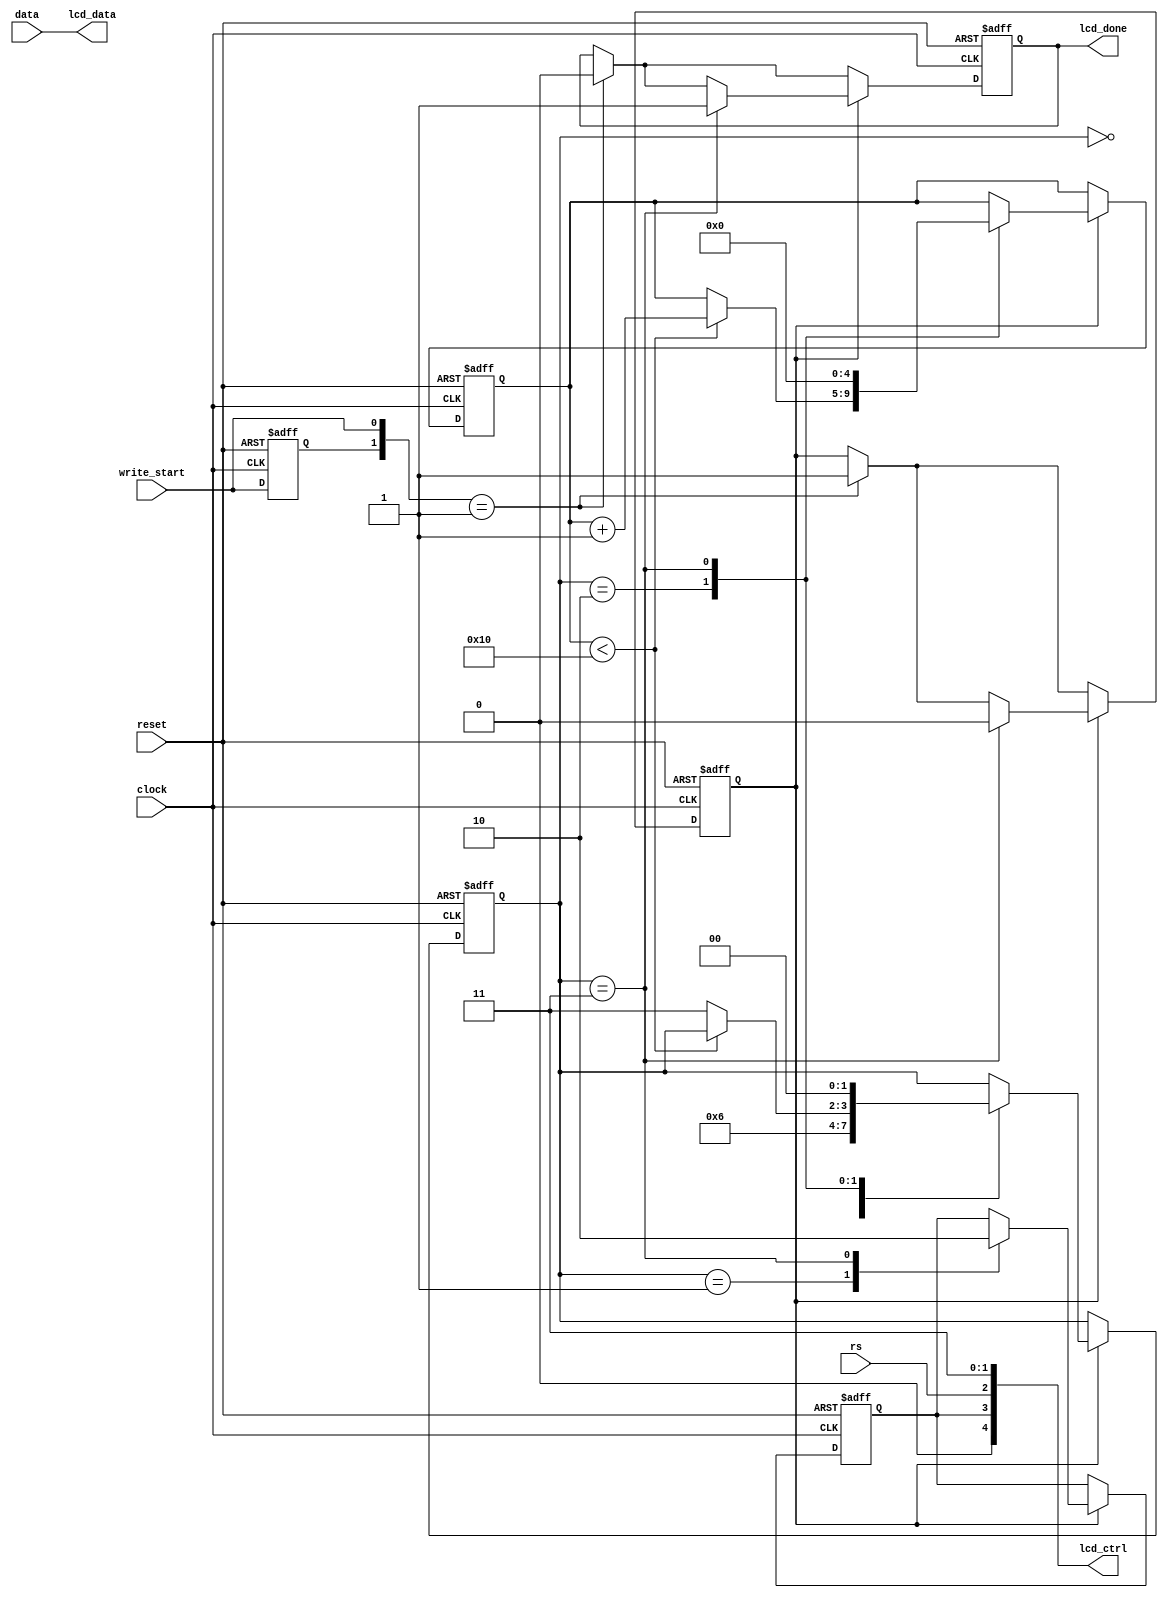
module lcd_controller (
	input					clock,
	input					reset,
	input			[7:0]	data,
	input					rs,
	input					write_start,
	output reg			lcd_done,
	
	//	LCD interface
	output		[7:0]	lcd_data,
	output		[4:0]	lcd_ctrl
);
	
	// 50MHz has 20ns pulse width
	// LCD requires minimum of 230ns, 16 * 20ns = 320ns
	parameter	SUSTAINED_PULSES	=	16;
	
	
	/*
	 * Internal registers.
	 */
	reg		[4:0]	pulse_counter;
	reg		[1:0]	state;
	reg				reg_pre_start, reg_start;
	reg				reg_lcd_en;
	

	assign	lcd_data	=	data;
	// RW, EN, RS, ON, BLON
	// only write to LCD, so RW=0
	assign	lcd_ctrl = {1'b0, reg_lcd_en, rs, 1'b1, 1'b1};
	
	
	/*
	 * FSM state definitions.
	 */
	parameter	[1:0]	WAIT			= 2'd0,
							BEGIN			= 2'd1,
							HOLD_DATA	= 2'd2,
							END			= 2'd3;
							
	always@(posedge clock or negedge reset) begin
		if (!reset) begin
			lcd_done			<=	1'b0;
			reg_lcd_en		<=	1'b0;
			reg_pre_start	<=	1'b0;
			reg_start		<=	1'b0;
			pulse_counter	<=	5'd0;
			state				<=	WAIT;
		end
		else begin
			//////	Input Start Detect ///////
			reg_pre_start <= write_start;
			if ({reg_pre_start,write_start} == 2'b01) begin
				reg_start	<=	1'b1;
				lcd_done		<=	1'b0;
			end
			//////////////////////////////////
			if (reg_start) begin
				case(state)
				WAIT:	begin
					state	<=	BEGIN;
				end
				
				BEGIN: begin
					reg_lcd_en	<=	1'b1;
					state			<=	HOLD_DATA;
				end
				
				HOLD_DATA:	begin					
					if(pulse_counter < SUSTAINED_PULSES)
						pulse_counter	<=	pulse_counter+5'd1;
					else
						state				<=	END;
				end
				
				END:	begin
					reg_lcd_en		<=	1'b0;
					reg_start		<=	1'b0;
					lcd_done			<=	1'b1;
					pulse_counter	<=	0;
					state				<=	WAIT;
				end
				endcase
			end
		end
	end

endmodule